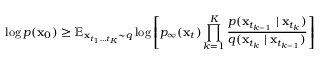
\log p ( \mathbf { x } _ { 0 } ) \ge \mathbb { E } _ { \mathbf { x } _ { t _ { 1 } \ldots t _ { K } } \sim q } \log \left[ p _ { \infty } ( \mathbf { x } _ { t } ) \prod _ { k = 1 } ^ { K } \frac { p ( \mathbf { x } _ { t _ { k - 1 } } \mid \mathbf { x } _ { t _ { k } } ) } { q ( \mathbf { x } _ { t _ { k } } \mid \mathbf { x } _ { t _ { k - 1 } } ) } \right]